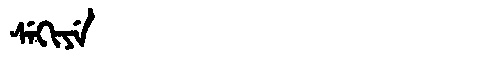
Manchu: ᠰᡝᡴᡳᠶᡝ
Romanization: SEKIYE